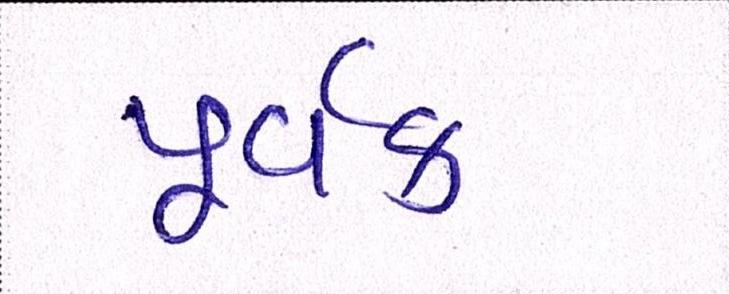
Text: પૂર્વક